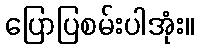
ပြောပြစမ်းပါအုံး။